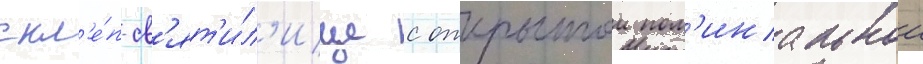
скл'е́п-св'ят'и́л'ище с открытои пом'инальнои